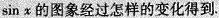
\sin x的图象经过怎样的变化得到.